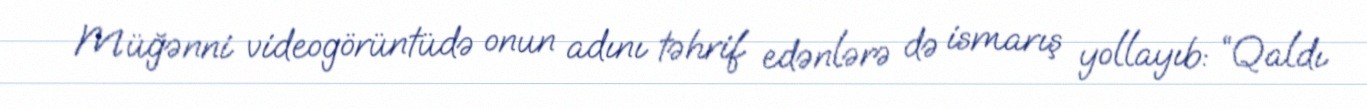
Müğənni videogörüntüdə onun adını təhrif edənlərə də ismarış yollayıb: “Qaldı